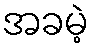
အခမဲ့